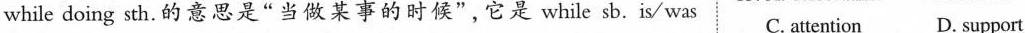
while doing sth.的意思是"当做某事的时候",它是 while sb. is/ was C. attention D. support